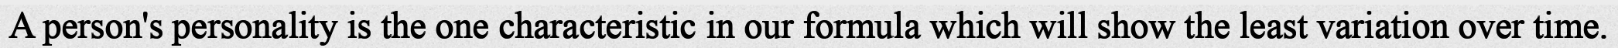
A person's personality is the one characteristic in our formula which will show the least variation over time.